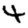
Digit: 4